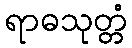
ရာဓသုတ္တံ